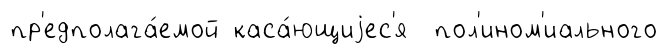
пр'едполага́емой каса́ющиjес'я пол'ином'иального